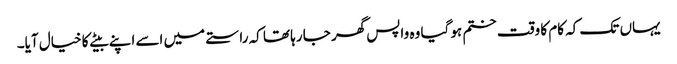
یہاں تک کہ کام کا وقت ختم ہو گیا وہ واپس گھر جا رہا تھا کہ راستے میں اسے اپنے بیٹے کا خیال آیا۔